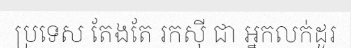
ប្រទេស តែងតែ រកស៊ី ជា អ្នកលក់ដូរ